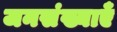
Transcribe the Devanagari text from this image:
जनसंख्याएँ